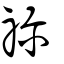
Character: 祩